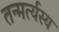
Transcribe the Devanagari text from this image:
तन्मर्त्यस्य